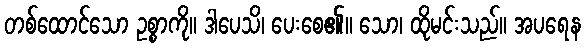
တစ်ထောင်သော ဥစ္စာကို။ ဒါပေသိ၊ ပေးစေ၏။ သော၊ ထိုမင်းသည်။ အပရေန